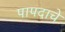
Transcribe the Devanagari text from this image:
पापदाचे